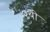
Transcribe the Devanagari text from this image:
२थी